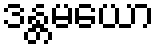
ဒန္တမယော